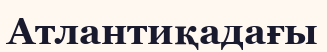
Атлантиқадағы